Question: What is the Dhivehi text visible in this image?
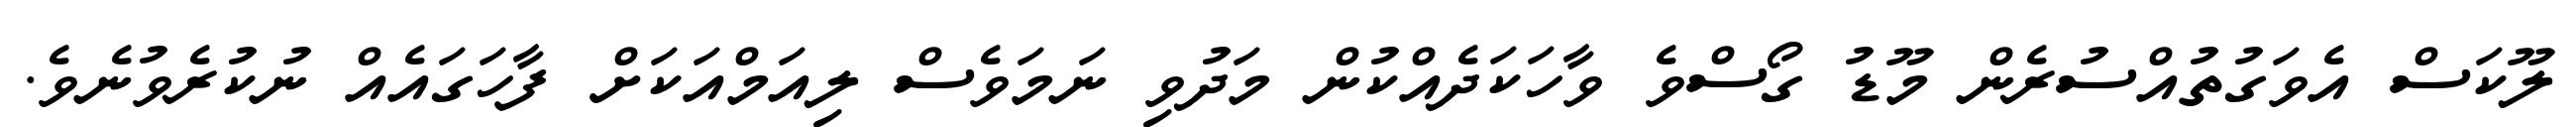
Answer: ލޫކަސް އެވަގުތުއްސުރެން މޫޑު ގޯސްވެ ވާހަކަދެއްކުން މަދުވި ނަމަވެސް ލިއަމްއަކަށް ފާހަގައެއް ނުކުރެވުނެވެ.